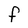
Character: F